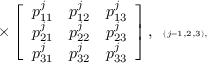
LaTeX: \times \left[ \begin{array} { r r r } { { p _ { 1 1 } ^ { j } } } & { { p _ { 1 2 } ^ { j } } } & { { p _ { 1 3 } ^ { j } } } \\ { { p _ { 2 1 } ^ { j } } } & { { p _ { 2 2 } ^ { j } } } & { { p _ { 2 3 } ^ { j } } } \\ { { p _ { 3 1 } ^ { j } } } & { { p _ { 3 2 } ^ { j } } } & { { p _ { 3 3 } ^ { j } } } \end{array} \right] , \verb + + \scriptscriptstyle { ( j = 1 , 2 , 3 ) } ,